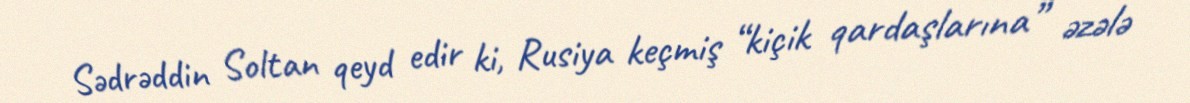
Sədrəddin Soltan qeyd edir ki, Rusiya keçmiş “kiçik qardaşlarına” əzələ